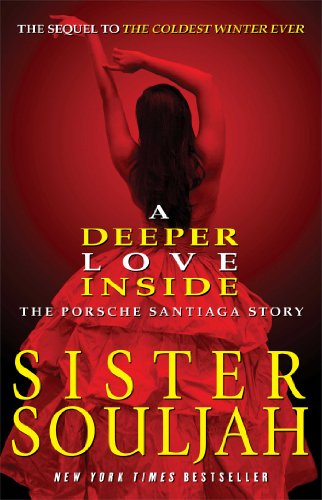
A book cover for A Deeper Love Inside: The Porsche Santiaga Story; Sister Souljah; Literature & Fiction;